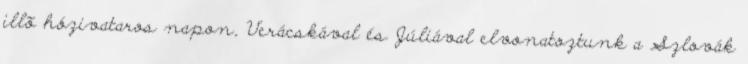
illõ hózivataros napon, Verácskával és Júliával elvonatoztunk a Szlovák